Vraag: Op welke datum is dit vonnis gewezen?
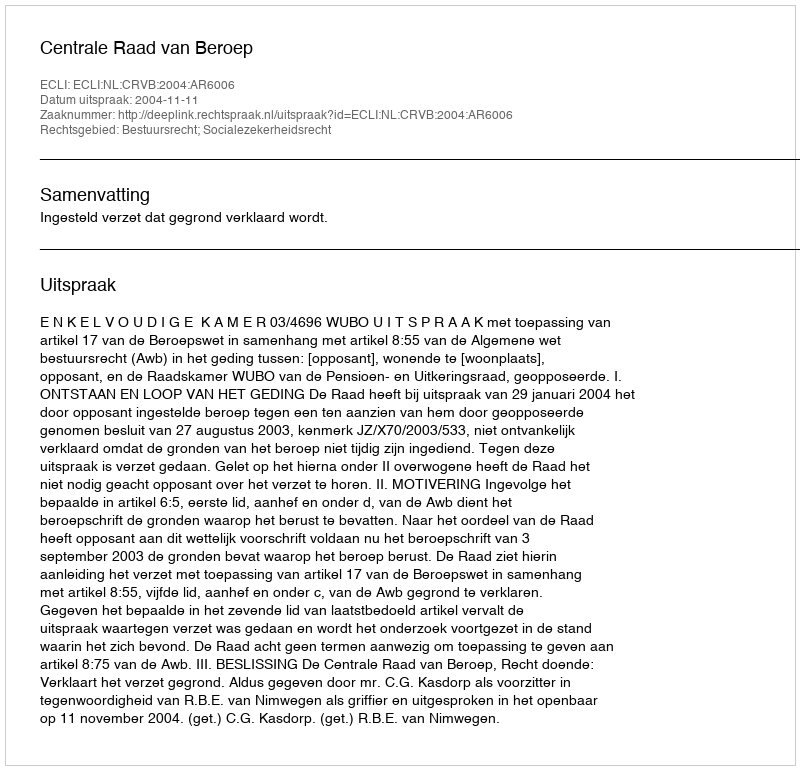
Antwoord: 2004-11-11